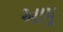
આમૢ